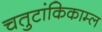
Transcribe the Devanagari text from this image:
चतुटांकिकाम्ल